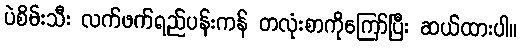
ပဲစိမ်းသီး လက်ဖက်ရည်ပန်းကန် တလုံးစာကိုကြော်ပြီး ဆယ်ထားပါ။